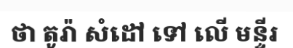
ថា តូរ៉ា សំដៅ ទៅ លើ មន្ទីរ